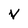
Character: V